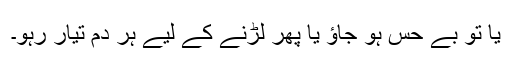
یا تو بے حس ہو جاؤ یا پھر لڑنے کے لیے ہر دم تیار رہو۔